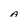
Character: A